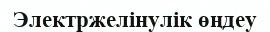
Электржелінулік өңдеу